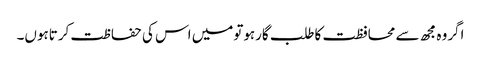
اگروہ مجھ سے محافظت کاطلب گارہوتومیں اس کی حفاظت کرتاہوں۔